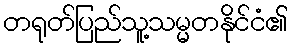
တရုတ်ပြည်သူ့သမ္မတနိုင်ငံ၏